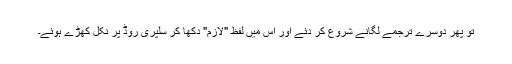
تو پھر دوسرے ترجمے لگانے شروع کر دئے اور اس میں لفظ "لازم" دکھا کر سلپری روڈ پر نکل کھڑے ہوئے۔